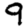
Digit: 9